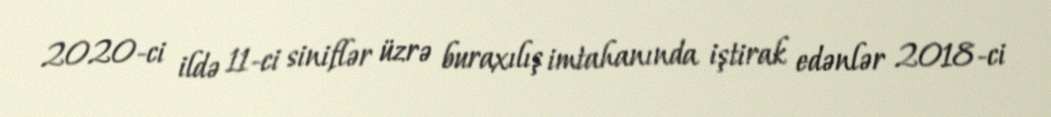
2020-ci ildə 11-ci siniflər üzrə buraxılış imtahanında iştirak edənlər 2018-ci